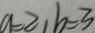
a = 2 , b = 3